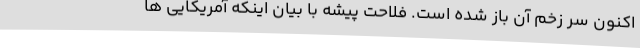
اکنون سر زخم آن باز شده است. فلاحت پیشه با بیان اینکه آمریکایی ها